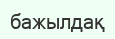
бажылдақ